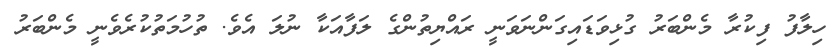
ހިލާފު ފިކުރާ މެންބަރު ގުޅިވަޑައިގަންނަވަނީ ރައްޔިތުންގެ ލަފާއަކާ ނުލަ އެވެ. ތުހުމަތުކުރެވެނީ މެންބަރު